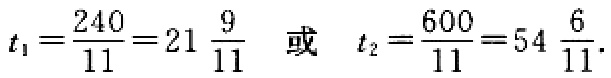
\(t_{1}=\frac{240}{11}=21\frac{9}{11}\ \text{或}\ t_{2}=\frac{600}{11}=54\frac{6}{11}\)